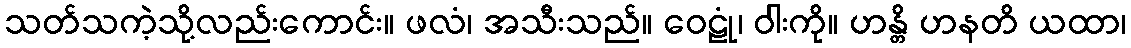
သတ်သကဲ့သို့လည်းကောင်း။ ဖလံ၊ အသီးသည်။ ဝေဠုံ၊ ဝါးကို။ ဟန္တိ ဟနတိ ယထာ၊